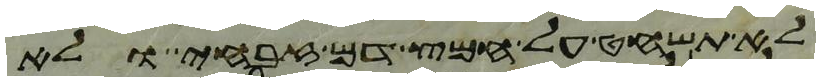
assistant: לא תשחט על חמץ דם זבחי ולא